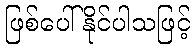
ဖြစ်ပေါ်နိုင်ပါသဖြင့်